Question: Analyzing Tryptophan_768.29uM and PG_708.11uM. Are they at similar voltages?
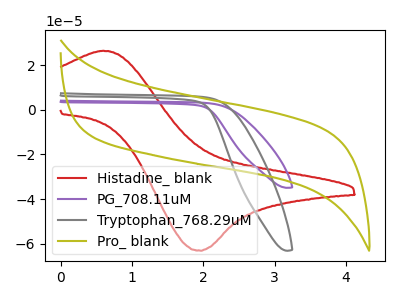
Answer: <think>The red curve "Histadine_ blank" has an anodic peak at (0.60V, 26.50uA) and a cathodic peak at (1.95V, -63.20uA). The purple curve "PG_708.11uM" has no peaks. The gray curve "Tryptophan_768.29uM" has no peaks. The olive curve "Pro_ blank" has no peaks.
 Neither "Tryptophan_768.29uM" or "PG_708.11uM" have any peaks.</think>
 <answer>"Tryptophan_768.29uM" and "PG_708.11uM" are similar in shape.</answer>
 <eval>same_shape</eval>